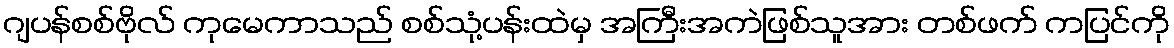
ဂျပန်စစ်ဗိုလ် ကုမေကာသည် စစ်သုံ့ပန်းထဲမှ အကြီးအကဲဖြစ်သူအား တစ်ဖက် ကပြင်ကို